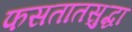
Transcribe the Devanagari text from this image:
फसतातसुद्धा